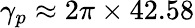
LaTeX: \gamma_{p}\approx 2\pi\times 42.58